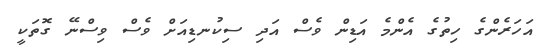
އަހަރެންގެ ހިތުގެ އެންމެ އަޑިން ވެސް އަދި ސިކުނޑިއަށް ވެސް ވިސްނޭ ގޮތަކީ